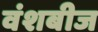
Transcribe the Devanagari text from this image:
वंशबीज